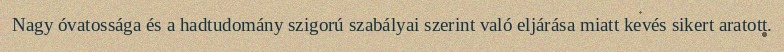
Nagy óvatossága és a hadtudomány szigorú szabályai szerint való eljárása miatt kevés sikert aratott.